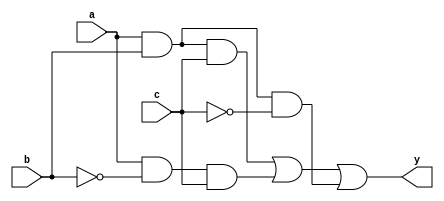
module ckt(a,b,c,y);
input a,b,c;
output y;

wire a1,a2,b1,b2,c1,c2,d;

assign a1=a&b;
assign a2=a1&c;

assign b1=a&(~b);
assign b2=b1&c;

assign c1=a&b;
assign c2=c1&(~c);

assign d=a2|b2;
assign y=d|c2;

//initial begin
//$monitor ("Hello World");
//end

endmodule